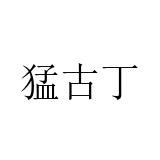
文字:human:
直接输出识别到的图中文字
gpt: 猛古丁